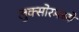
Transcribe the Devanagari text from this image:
लुक्सोरमध्ये